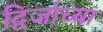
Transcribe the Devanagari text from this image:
द्विजांच्या